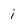
Character: i